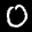
Label: 0